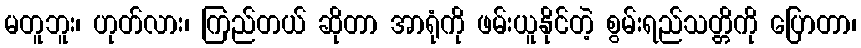
မတူဘူး၊ ဟုတ်လား၊ ကြည်တယ် ဆိုတာ အာရုံကို ဖမ်းယူနိုင်တဲ့ စွမ်းရည်သတ္တိကို ပြောတာ၊